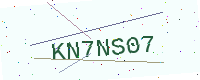
Text: KN7NS07